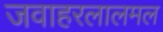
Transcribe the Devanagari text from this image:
जवाहरलालमल